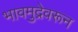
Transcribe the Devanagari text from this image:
भावमुद्रेवरून